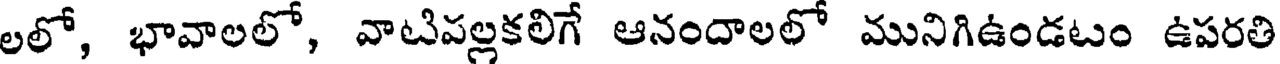
లలో, భావాలలో, వాటిపల్లకలిగే ఆనందాలలో మునిగిఉండటం ఉపరతి